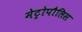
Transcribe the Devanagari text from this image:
मेट्रोपौलिस